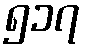
၅၁၇